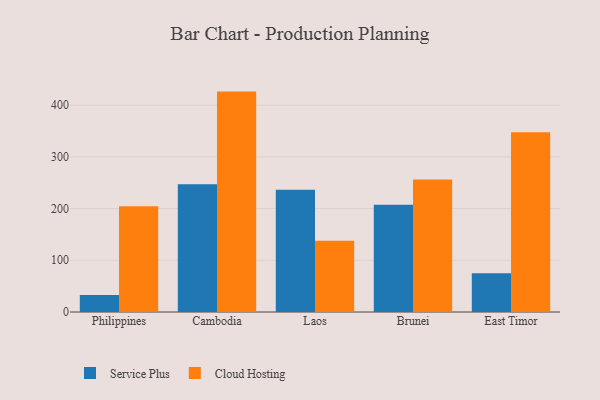
{"axis": {"x": "Country", "y": "Temperature (°C)"}, "legend": ["Cloud Hosting", "Service Plus"], "data": [{"x": "Philippines", "y": 33.0, "type": "Service Plus"}, {"x": "Philippines", "y": 204.6, "type": "Cloud Hosting"}, {"x": "Cambodia", "y": 247.1, "type": "Service Plus"}, {"x": "Cambodia", "y": 426.2, "type": "Cloud Hosting"}, {"x": "Laos", "y": 236.3, "type": "Service Plus"}, {"x": "Laos", "y": 137.7, "type": "Cloud Hosting"}, {"x": "Brunei", "y": 207.5, "type": "Service Plus"}, {"x": "Brunei", "y": 256.0, "type": "Cloud Hosting"}, {"x": "East Timor", "y": 75.1, "type": "Service Plus"}, {"x": "East Timor", "y": 347.7, "type": "Cloud Hosting"}]}